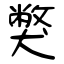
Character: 獘